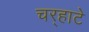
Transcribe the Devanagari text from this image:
चर्‍हाटे